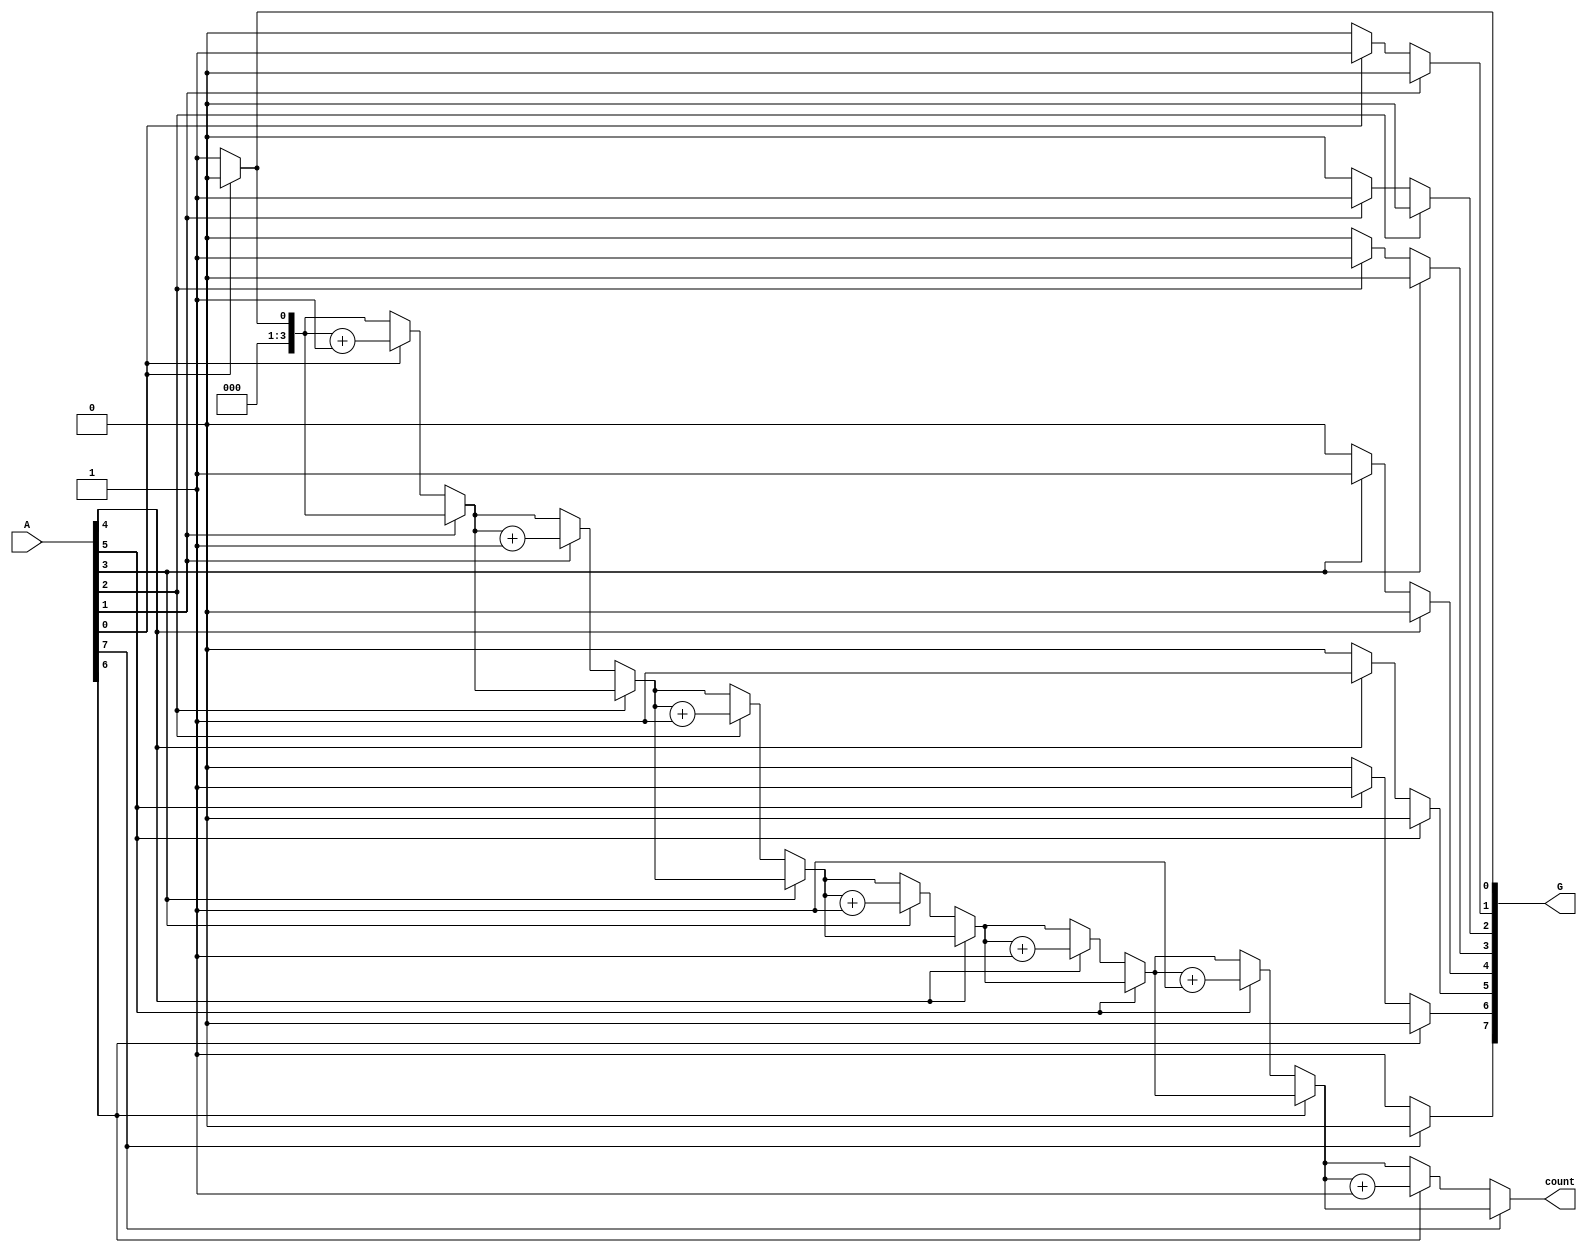
module GroupingOfZeros #(parameter N = 8) (
    input  wire [N-1:0] A,        // Input vector
    output reg  [N-1:0] G,        // Grouped output (binary representation)
    output reg  [3:0] count       // Count of contiguous zero groups
);

    integer i;
    reg [N-1:0] tempG; // Temporary storage for grouped output
    reg in_zero_group;  // Flag to indicate if we are in a zero group

    always @(*) begin
        // Initialize outputs
        tempG = 0;
        G = 0;
        count = 0;
        in_zero_group = 0;

        // Scan through the input vector A
        for (i = 0; i < N; i = i + 1) begin
            if (A[i] == 0) begin
                // If we encounter a zero
                if (!in_zero_group) begin
                    // We are starting a new zero group
                    in_zero_group = 1;
                    count = count + 1; // Increment the zero group count
                    // Set the start position of the zero group in tempG
                    tempG[i] = 1; // Mark the start of a zero group
                end
            end else begin
                // If we encounter a one
                if (in_zero_group) begin
                    // We are ending the current zero group
                    in_zero_group = 0;
                end
            end
        end

        // If we are still in a zero group at the end of the loop
        if (in_zero_group) begin
            // Mark the end of the last zero group
            tempG[N-1] = 1; // Mark the end of the last zero group
        end

        // Assign the temporary grouped output to G
        G = tempG;
    end

endmodule